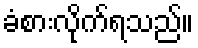
ခံစားလိုက်ရသည်။